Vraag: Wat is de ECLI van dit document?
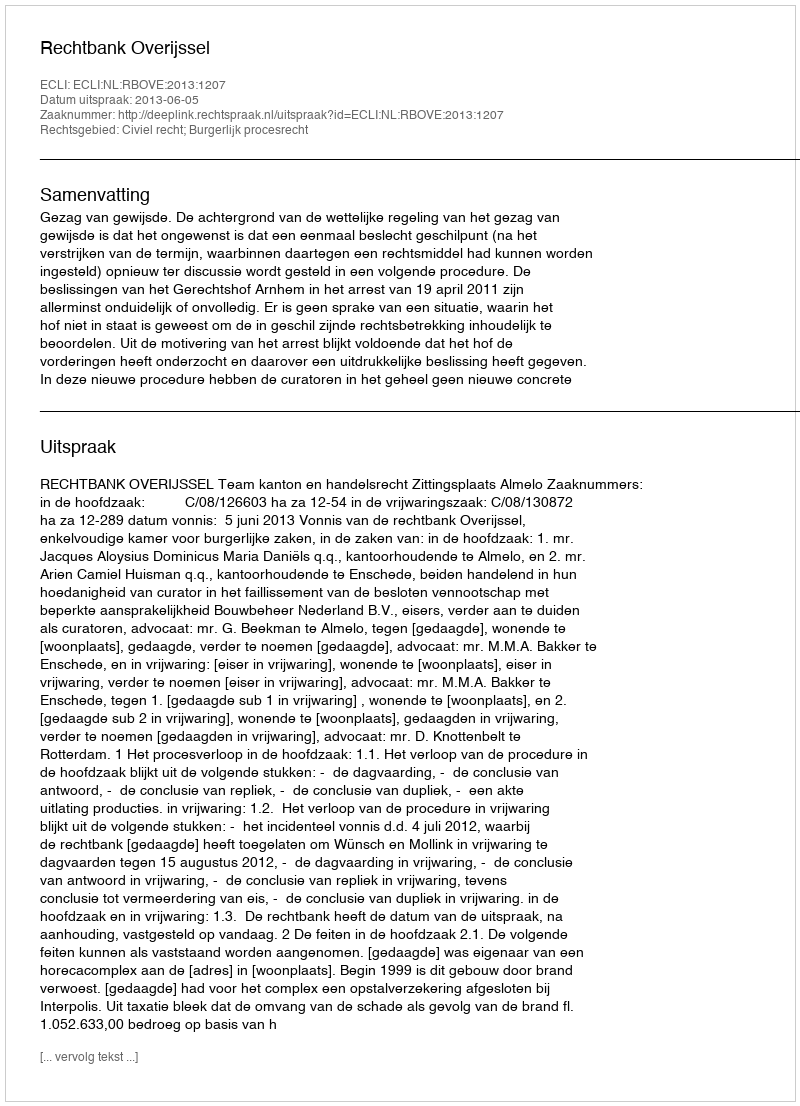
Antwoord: ECLI:NL:RBOVE:2013:1207